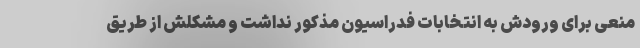
منعی برای ورودش به انتخابات فدراسیون مذکور نداشت و مشکلش از طریق